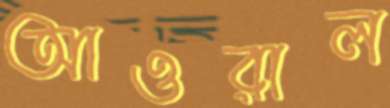
আওরাল